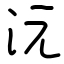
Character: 沅